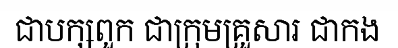
ជាបក្សពួក ជាក្រុមគ្រួសារ ជាកង